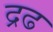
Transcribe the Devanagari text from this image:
द्रढ